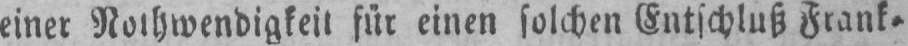
für einen solchen Entschluß Frank⸗